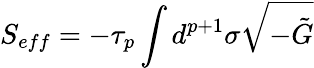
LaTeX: S_{eff}=-\tau_{p}\int d^{p+1}\sigma\sqrt{-\tilde{G}}